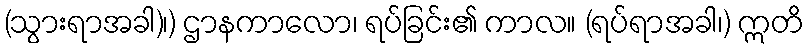
(သွားရာအခါ)၊) ဌာနကာလော၊ ရပ်ခြင်း၏ ကာလ။ (ရပ်ရာအခါ၊) ဣတိ